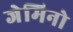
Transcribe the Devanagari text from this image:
जेमिनो